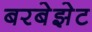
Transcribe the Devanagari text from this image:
बरबेझेट